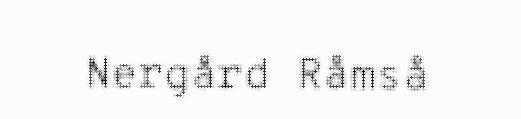
Nergård Råmså